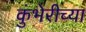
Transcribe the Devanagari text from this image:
कुंभेरीच्या